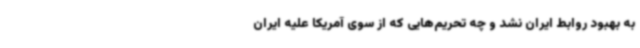
به بهبود روابط ایران نشد و چه تحریم‌هایی که از سوی آمریکا علیه ایران